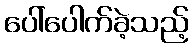
ပေါ်ပေါက်ခဲ့သည့်